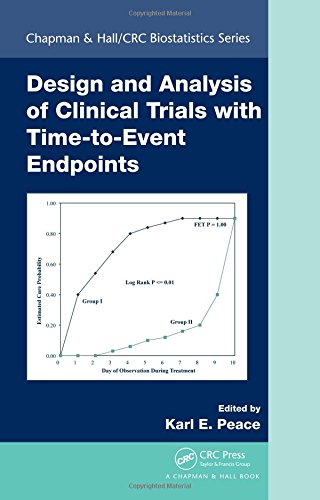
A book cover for Design and Analysis of Clinical Trials with Time-to-Event Endpoints (Chapman & Hall/CRC Biostatistics Series); Science & Math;